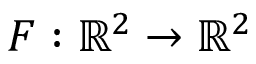
F : \mathbb { R } ^ { 2 } \rightarrow \mathbb { R } ^ { 2 }